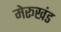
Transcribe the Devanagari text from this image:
मेरूखंड